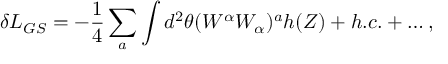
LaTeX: \delta { \cal L } _ { G S } = - \frac { 1 } { 4 } \sum _ { a } \int d ^ { 2 } \theta ( W ^ { \alpha } W _ { \alpha } ) ^ { a } h ( Z ) + h . c . + \dots ,